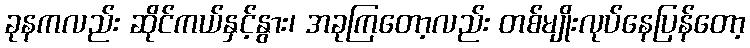
ခုနကလည်း ဆိုင်ကယ်နှင့်နွား၊ အခုကြတော့လည်း တစ်မျိုးလုပ်နေပြန်တော့